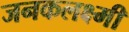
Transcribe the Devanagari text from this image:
जनकलक्ष्मी